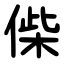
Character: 偨